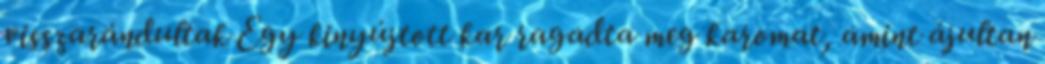
visszarándultak Egy kinyújtott kar ragadta meg karomat, amint ájultan